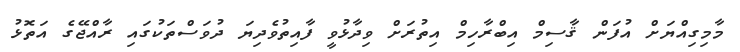
މާމިގިއްޔަށް އުފަން ޤާސިމް އިބްރާހިމް އިތުރަށް ވިދާޅުވީ ފާއިތުވެދިޔަ ދުވަސްތަކުގައި ރާއްޖޭގެ އަތޮޅު